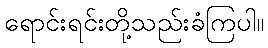
ရောင်းရင်းတို့သည်းခံကြပါ။